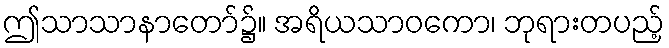
ဤသာသာနာတော်၌။ အရိယသာဝကော၊ ဘုရားတပည့်